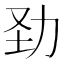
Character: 𠡍